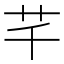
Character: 芊